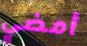
أمضي